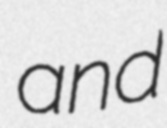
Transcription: and